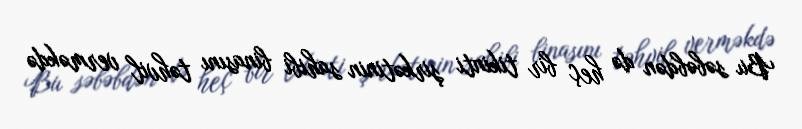
Bu səbəbdən də heç bir tikinti şirkətinin sahibi binasını təhvil verməkdə